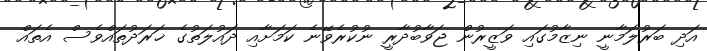
އަދި ބަރުލަމާނީ ނިޒާމުގައި ވަޒީރުން ޖަވާބުދާރީ ނުކުރެވޭނެ ކަމަށާއި ދައުލަތުގެ ޚަރަދުތައްވެސް އެތައް